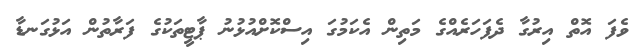
ވެފަ އޮތް އިރުގާ ދެފަހަރެއްގެ މަތިން އެކަމުގަ އިސްކޮށްއުޅުނު ޕާޓީތަކުގެ ފަރާތުން އަޅުގަނޑާ